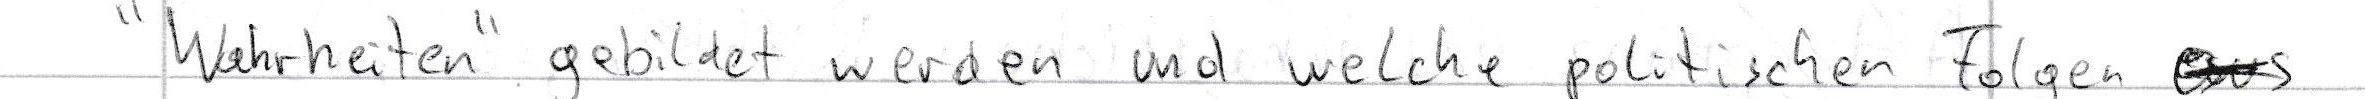
"Wahrheiten" gebildet werden und welche politischen Folgen